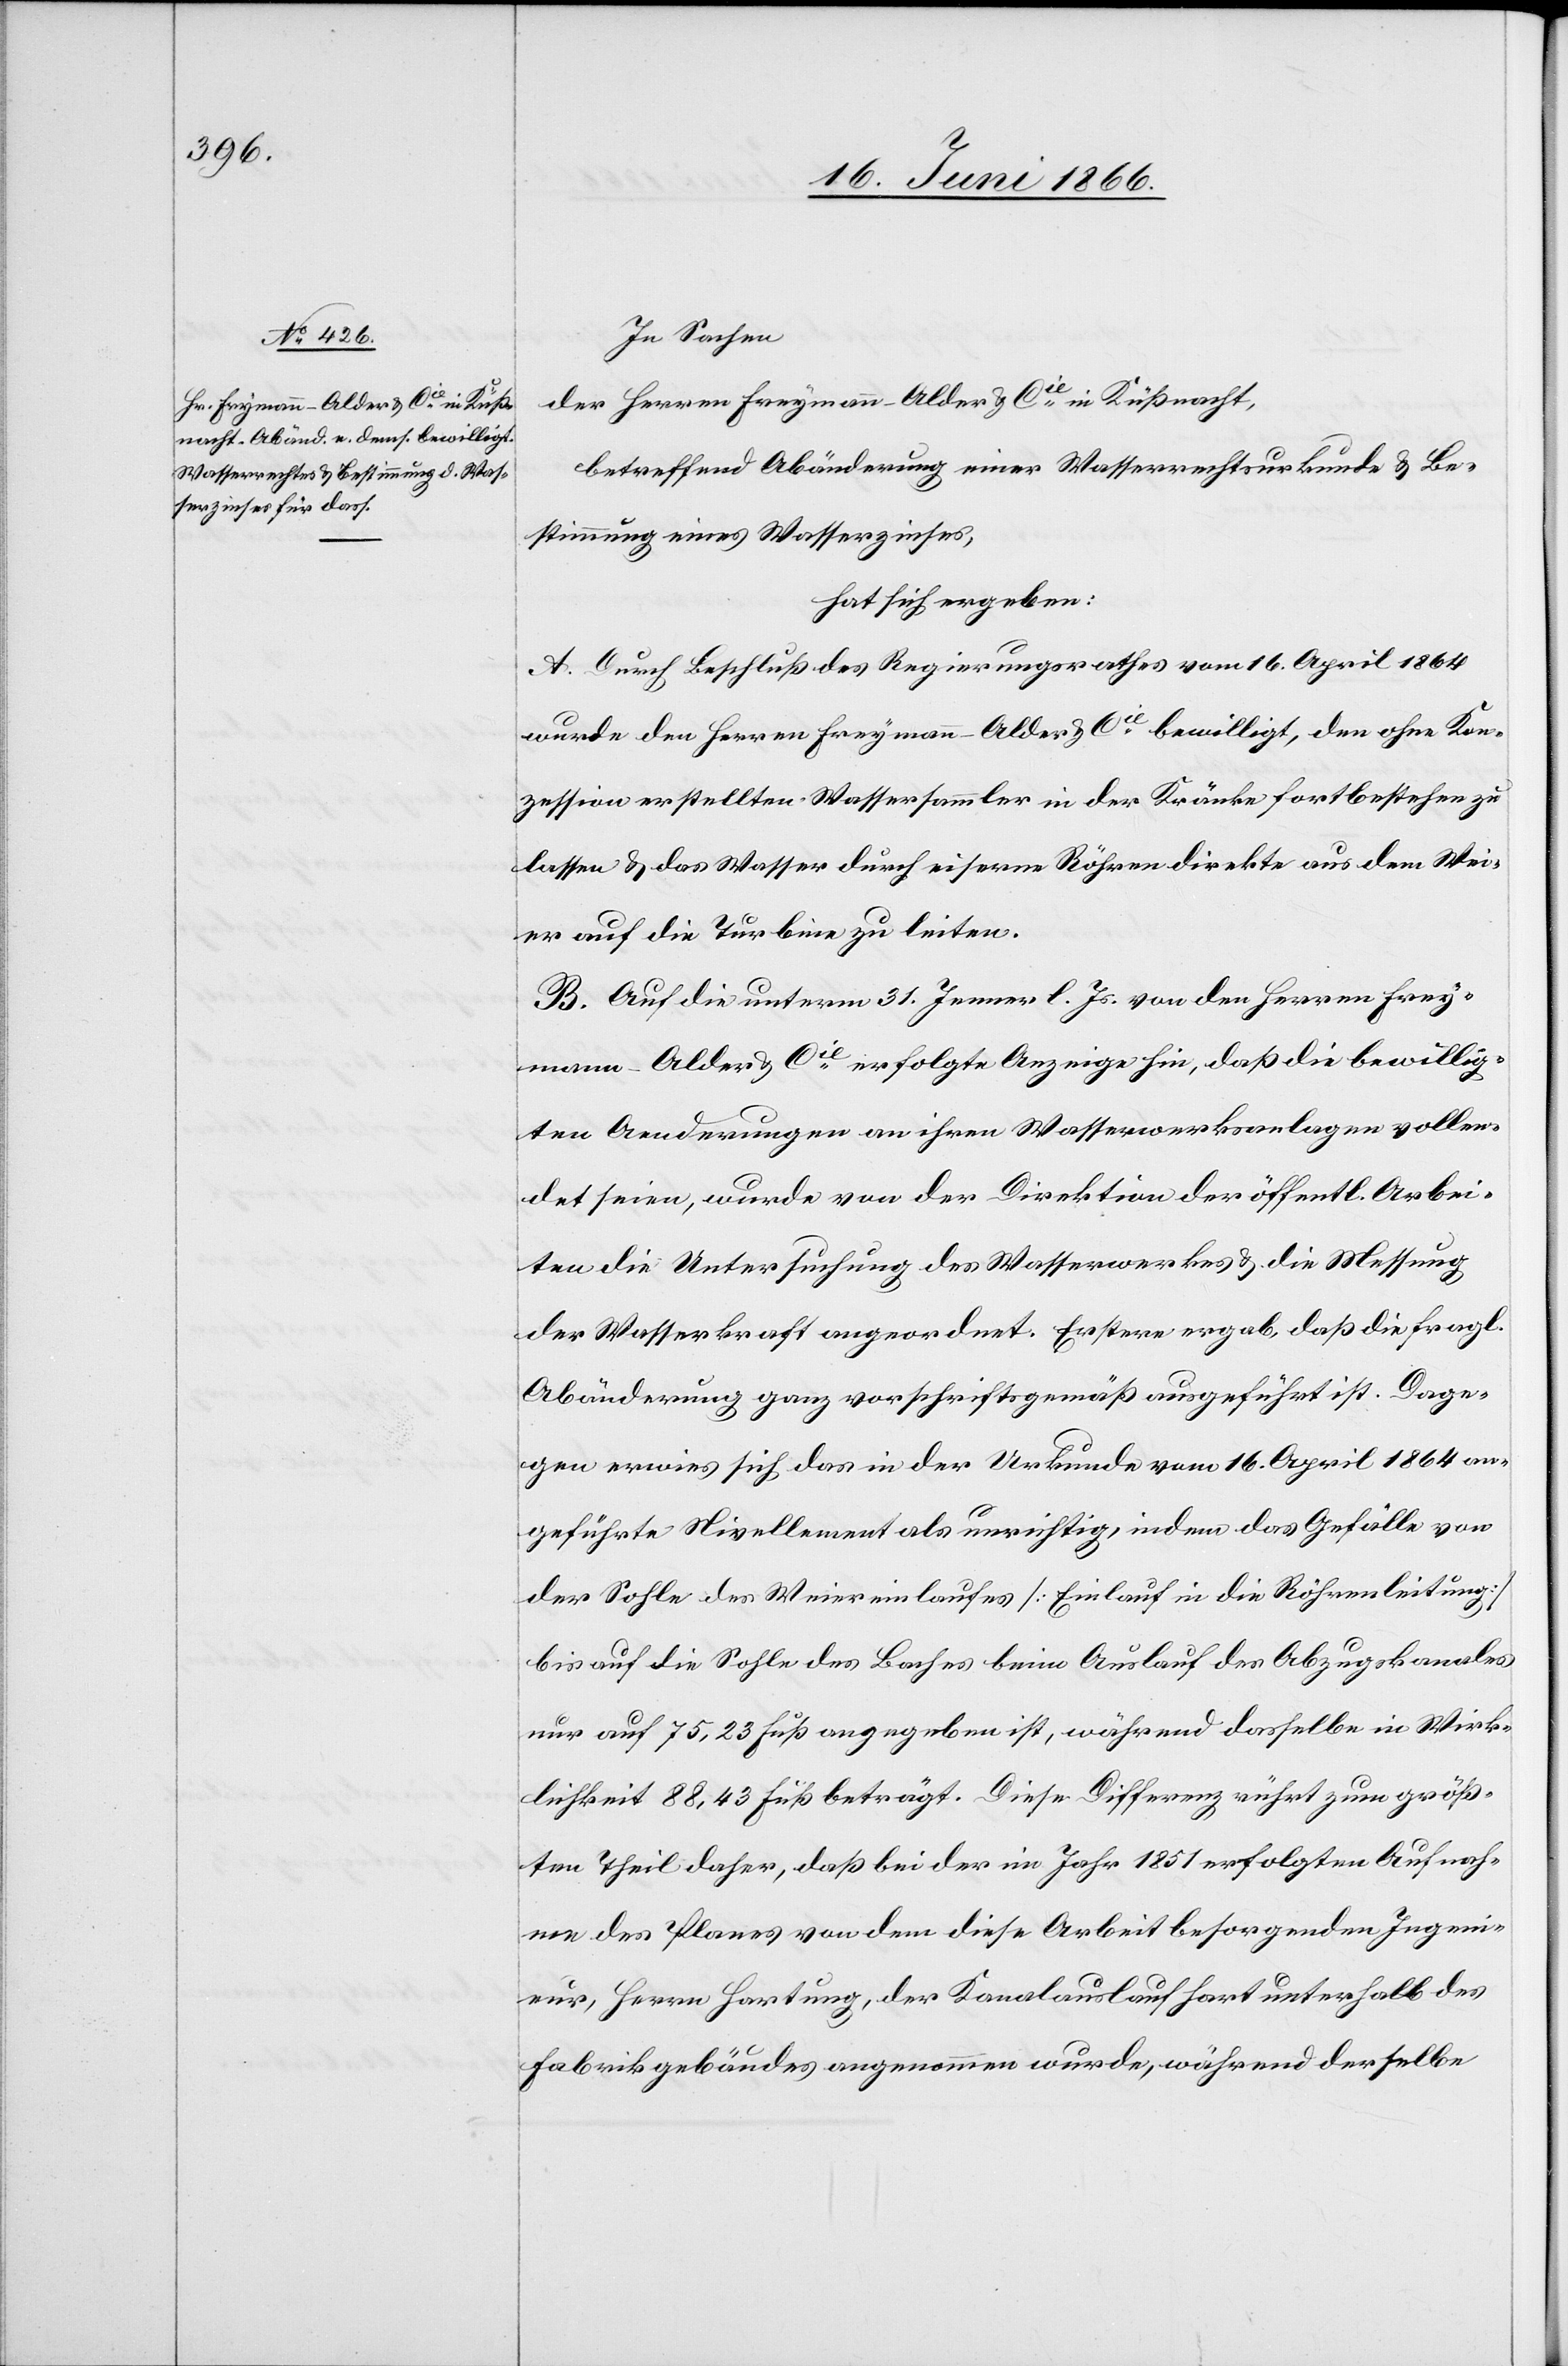
In Sachen
der Herren Freymann-Alder u. Cie. [sic!] in Küßnacht,
betreffend Abänderung einer Wasserrechtsurkunde u. Be¬
stimmung eines Wasserzinses,
hat sich ergeben:
A. Durch Beschluß des Regierungsrathes vom 16. April 1864
wurde den Herren Freymann-Alder u. Cie. bewilligt, den ohne Kon¬
zession erstellten Wassersammler in der Kränke fortbestehen zu
lassen u. das Wasser durch eiserne Röhren direkte aus dem Wei¬
er auf die Turbine zu leiten.
B. Auf die unterm 31. Jenner l. Js. von den Herren Frey¬
mann-Alder u. Cie. erfolgte Anzeige hin, daß die bewillig¬
ten Aenderungen an ihren Wasserwerksanlagen vollen¬
det seien, wurde von der Direktion der öffentl. Arbei¬
ten die Untersuchung des Wasserwerkes u. die Messung
der Wasserkraft angeordnet. Erstere ergab, daß die fragl.
Abänderung ganz vorschriftsgemäß ausgeführt ist. Dage¬
gen erwies sich das in der Urkunde vom 16. April 1864 an¬
geführte Nivellement als unrichtig, indem das Gefälle von
der Sohle des Weiereinlaufes [Einlauf in die Röhrenleitung]
bis auf die Sohle des Baches beim Auslauf des Abzukgskanales
nur auf 75.23 Fuß angegeben ist, während dasselbe in Wirk¬
lichkeit 88.43 Fuß beträgt. Diese Differenz rührt zum größ¬
ten Theil daher, daß bei der im Jahre 1851 erfolgten Aufnah¬
me des Planes von dem diese Arbeit besorgenden Ingeni¬
eure, Herrn Hartung, der Kanalauslauf hart unterhalb des
Fabrikgebäudes angenommen wurde, während derselbe